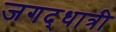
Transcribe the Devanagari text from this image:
जगद्‌धात्री